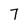
Character: 7